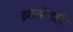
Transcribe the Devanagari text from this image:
झाडीतही